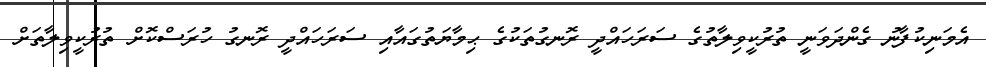
އެމަނިކުފާނު ގެންދަވަނީ ތުރުކީވިލާތުގެ ސަރަހައްދީ ރޮނގުތަކުގެ ޙިމާޔަތުގައާއި ސަރަހައްދީ ރޮނގު ހުރަސްކޮށް ތުރުކީވިލާތަށް